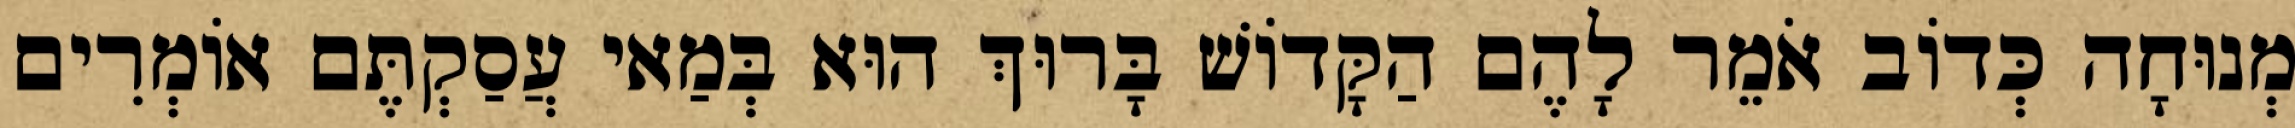
מְנוּחָה כְּדוֹב אֹמֵר לָהֶם הַקָּדוֹשׁ בָּרוּךְ הוּא בְּמַאי עֲסַקְתֶּם אוֹמְרִים